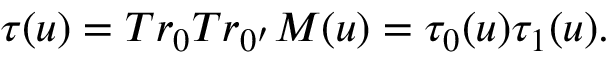
\tau ( u ) = T r _ { 0 } T r _ { 0 ^ { \prime } } M ( u ) = \tau _ { 0 } ( u ) \tau _ { 1 } ( u ) .